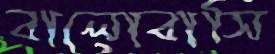
বালোবাসি